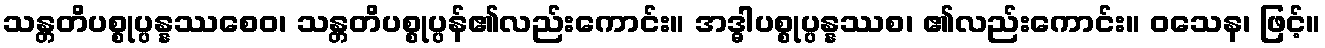
သန္တတိပစ္စုပ္ပန္နဿစေဝ၊ သန္တတိပစ္စုပ္ပန်၏လည်းကောင်း။ အဒ္ဓါပစ္စုပ္ပန္နဿစ၊ ၏လည်းကောင်း။ ဝသေန၊ ဖြင့်။